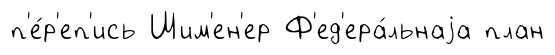
п'е́р'еп'ись Шим'ен'ер Ф'ед'ера́льнаjа план